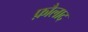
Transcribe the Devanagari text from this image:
फ़ौलाद